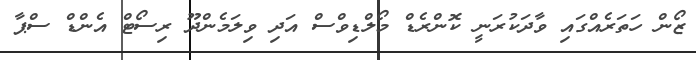
ޒޯން ހަތަރެއްގައި ވާދަކުރަނީ ކޮންރެޑް މޯލްޑިވްސް އަދި ވިލަމެންދޫ ރިސޯޓް އެންޑް ސްޕާ